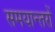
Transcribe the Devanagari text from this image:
समयान्तरों